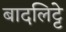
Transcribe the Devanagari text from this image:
बादलिट्टे